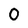
Character: 0